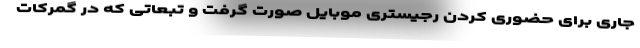
جاری برای حضوری کردن رجیستری موبایل صورت گرفت و تبعاتی که در گمرکات